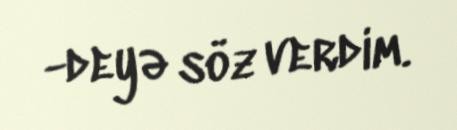
-deyə söz verdim.